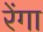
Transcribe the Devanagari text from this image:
रेंगा